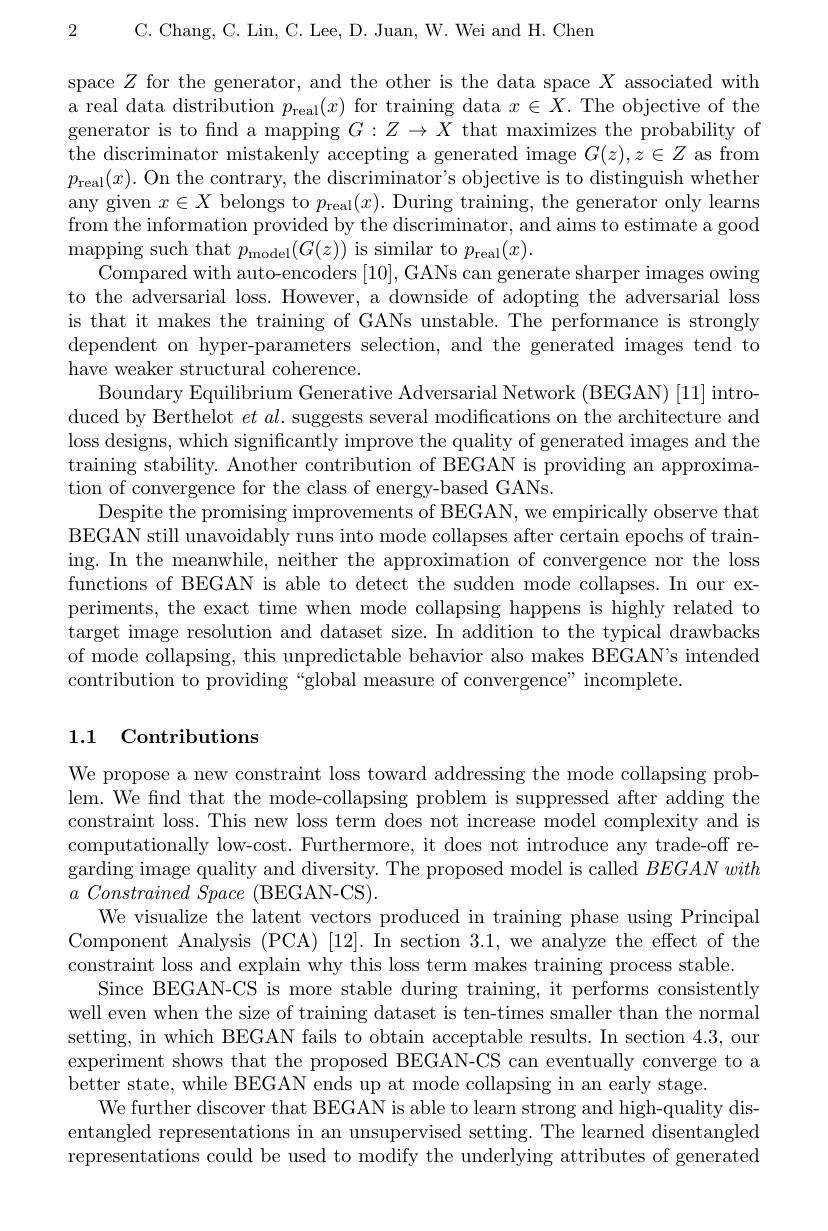
C. Chang, C. Lin, C. Lee, D. Juan, W. Wei and H. Chem

2

space $Z$ for the generator, and the other is the data space $X$ associated with a real data distribution $p_\mathrm{real}(x)$ for training data $x\in\bar{X}.$ The objective of the generator is to find a mapping $G:Z\to X$ that maximizes the probability of the discriminator mistakenly accepting a generated image $G(z),z\in Z$ as from $p_{\mathrm{real}}(x).$ On the contrary, the discriminator's objective is to distinguish whether any given $x\in X$ belongs to $p_\mathrm{real}(x).$ During training, the generator only learns from the information provided by the discriminator, and aims to estimate a good $\operatorname*{mapping~such~that~}p_{\mathrm{model}}(G(z))$ is similar to $p_{\mathrm{real}}(x)$
Compared with auto-encoders [10], GANs can generate sharper images owing to the adversarial loss. However, a downside of adopting the adversarial loss is that it makes the training of GANs unstable. The performance is strongly dependent on hyper-parameters selection, and the generated images tend to have weaker structural coherence.
Boundary Equilibrium Generative Adversarial Network (BEGAN) [11] introduced by Berthelot $et\textit{al. suggests several modifications on the architecture and}$ loss designs, which significantly improve the quality of generated images and the training stability. Another contribution of BEGAN is providing an approximation of convergence for the class of energy-based GANs.
Despite the promising improvements of BEGAN, we empirically observe that BEGAN still unavoidably runs into mode collapses after certain epochs of training. In the meanwhile, neither the approximation of convergence nor the loss functions of BEGAN is able to detect the sudden mode collapses. In our experiments, the exact time when mode collapsing happens is highly related to target image resolution and dataset size. In addition to the typical drawbacks of mode collapsing, this unpredictable behavior also makes BEGAN's intended contribution to providing “global measure of convergence" incomplete.

## 1.1 Contributions

We propose a new constraint loss toward addressing the mode collapsing problem. We find that the mode-collapsing problem is suppressed after adding the constraint loss. This new loss term does not increase model complexity and is computationally low-cost. Furthermore, it does not introduce any trade-off regarding image quality and diversity. The proposed model is called BEGANwith $a\textit{ Constrained Space ( BEGAN- CS) }.$
We visualize the latent vectors produced in training phase using Principal Component Analysis (PCA) [12]. In section 3.1, we analyze the effect of the constraint loss and explain why this loss term makes training process stable.
Since BEGAN-CS is more stable during training, it performs consistently well even when the size of training dataset is ten-times smaller than the normal setting, in which BEGAN fails to obtain acceptable results. In section 4.3, our experiment shows that the proposed BEGAN-CS can eventually converge to a better state, while BEGAN ends up at mode collapsing in an early stage.
We further discover that BEGAN is able to learn strong and high-quality disentangled representations in an unsupervised setting. The learned disentangled representations could be used to modify the underlying attributes of generated